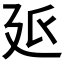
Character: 𭚓